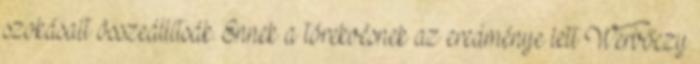
szokásait összeállítsák. Ennek a törekvésnek az eredménye lett Werbőczy